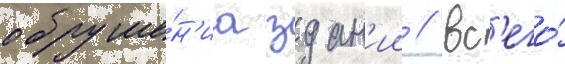
обруше́н'иа здан'ии // Вс'его́